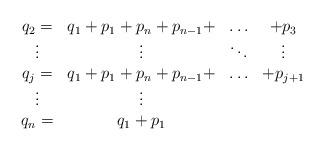
LaTeX: \begin{align*}\begin{array}{cccc}q_2= & q_1+p_1+p_n+p_{n-1}+ & \ldots & +p_3 \\ \vdots & \vdots&\ddots&\vdots \\ q_j=&q_1+p_1+p_n+p_{n-1}+&\ldots&+p_{j+1} \\ \vdots & \vdots&& \\ q_n=&q_1+p_1&&\end{array}\end{align*}